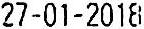
27-01-2018